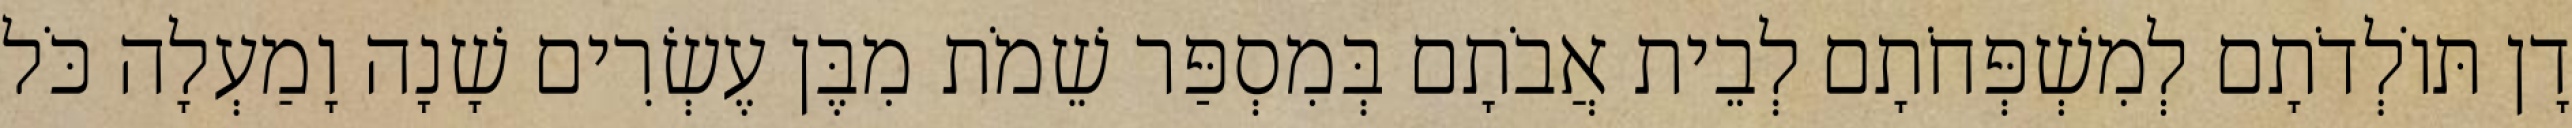
דָן תּוֹלְדֹתָם לְמִשְׁפְּחֹתָם לְבֵית אֲבֹתָם בְּמִסְפַּר שֵׁמֹת מִבֶּן עֶשְׂרִים שָׁנָה וָמַעְלָה כֹּל